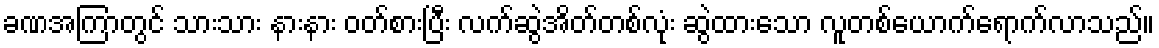
ခဏအကြာတွင် သားသား နားနား ဝတ်စားပြီး လက်ဆွဲအိတ်တစ်လုံး ဆွဲထားသော လူတစ်ယောက်ရောက်လာသည်။